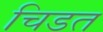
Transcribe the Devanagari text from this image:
चिडत